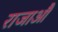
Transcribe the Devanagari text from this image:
राजाऔं